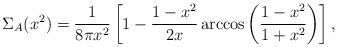
LaTeX: \begin{align*}\Sigma_A(x^2)=\frac{1}{8\pi x^2} \left[ 1 - \frac{1-x^2}{2x} \arccos\left( \frac{1-x^2}{1+x^2} \right) \right],\end{align*}